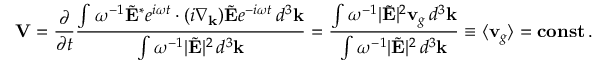
{ \bf V } = \frac { \partial } { \partial t } \frac { \int \omega ^ { - 1 } \tilde { \bf E } ^ { * } e ^ { i \omega t } \cdot ( i { \nabla } _ { \bf k } ) \tilde { \bf E } e ^ { - i \omega t } \, d ^ { 3 } { \bf k } } { \int \omega ^ { - 1 } | \tilde { \bf E } | ^ { 2 } \, d ^ { 3 } { \bf k } } = \frac { \int \omega ^ { - 1 } | \tilde { \bf E } | ^ { 2 } { \bf v } _ { g } \, d ^ { 3 } { \bf k } } { \int \omega ^ { - 1 } | \tilde { \bf E } | ^ { 2 } \, d ^ { 3 } { \bf k } } \equiv \langle { \bf v } _ { g } \rangle = { \bf c o n s t } \, .